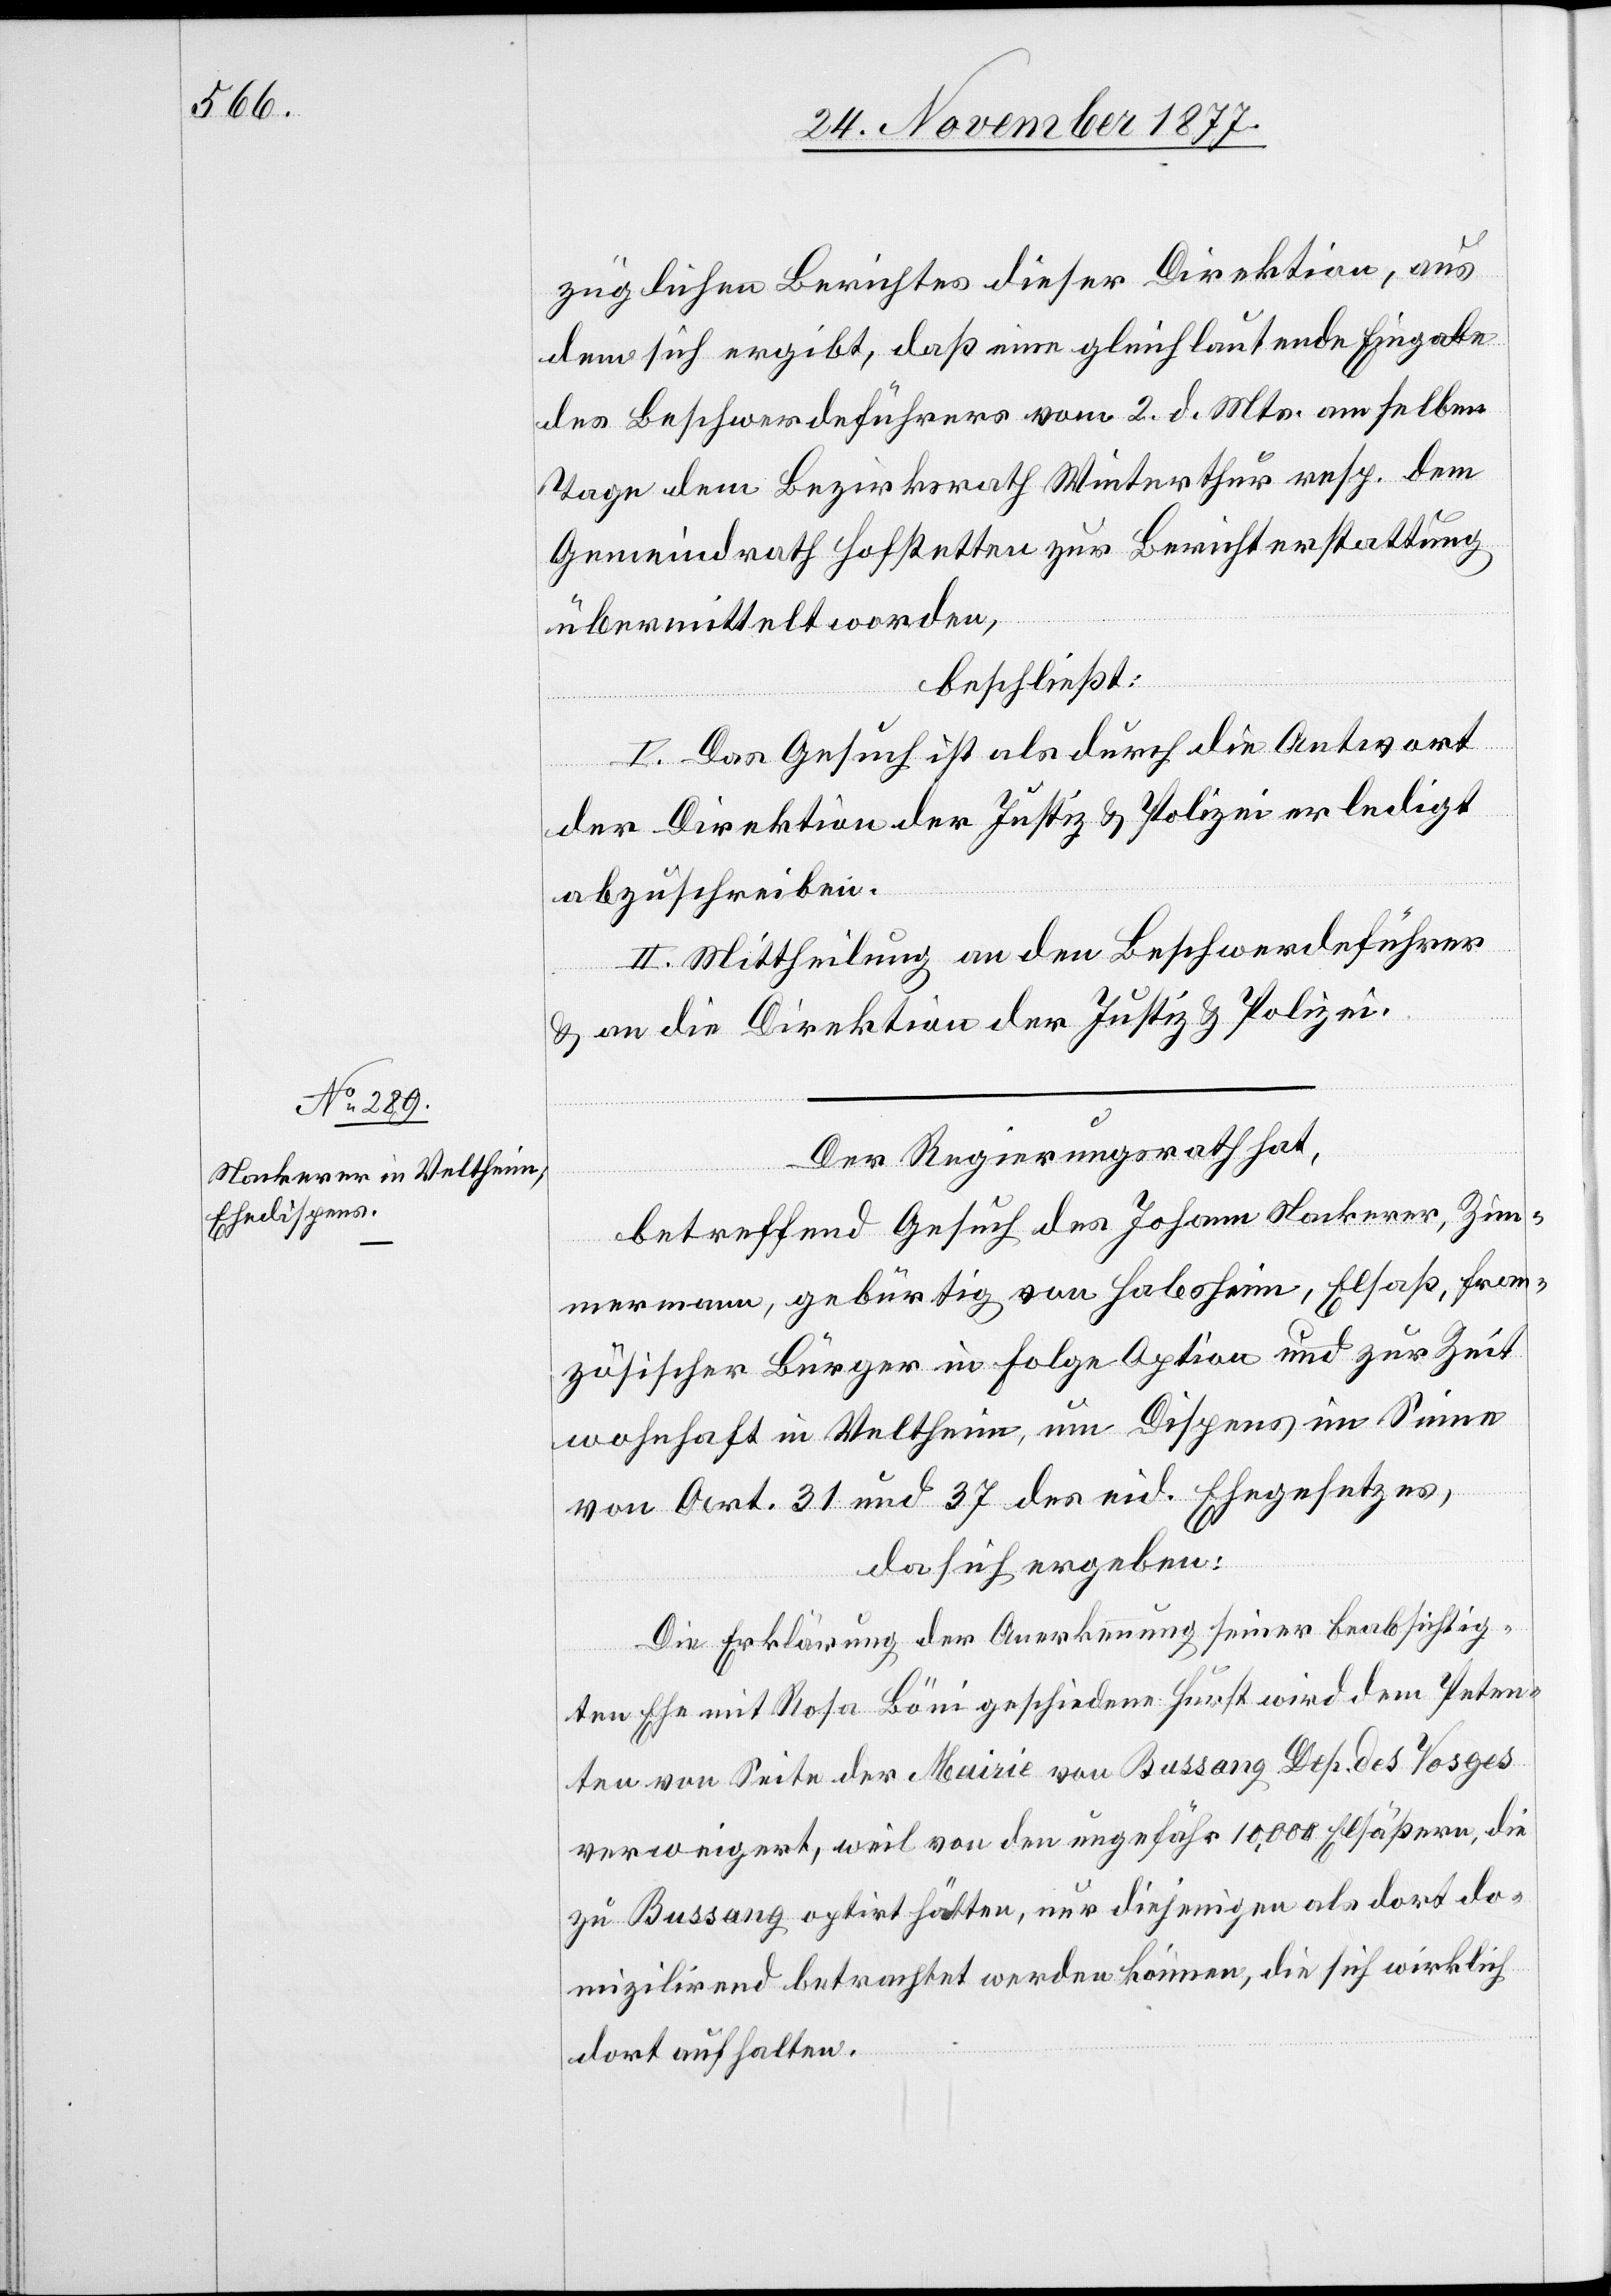
züglichen Berichtes dieser Direktion, aus
dem sich ergibt, daß eine gleichlautende Eingabe
des Beschwerdeführers vom 2. d. Mts. am selben
Tage dem Bezirksrath Winterthur resp. dem
Gemeindrath Hofstetten zur Berichterstattung
übermittelt worden,
beschließt:
I. Das Gesuch ist als durch die Antwort
der Direktion der Justiz & Polizei erledigt
abzuschreiben.
II. Mittheilung an den Beschwerdeführer
& an die Direktion der Justiz & Polizei.
Der Regierungsrath hat,
betreffend Gesuch des Johann Nackerer, Zim¬
mermann, gebürtig von Habsheim, Elsaß, fran¬
zösischer Bürger in Folge Option und zur Zeit
wohnhaft in Veltheim, um Dispens im Sinne
von Art. 31 und 37 des eid. Ehegesetzes,
da sich ergeben:
Die Erklärung der Anerkennung seiner beabsichtig¬
ten Ehe mit Rosa Böni geschiedene Hurst wird dem Peten¬
ten von Seite der Mairie von Bussang Dep. des Vosges
verweigert, weil von den ungefähr 10,000 Elsäßern, die
zu Bussang optirt hätten, nur diejenigen als dort do¬
mizilirend betrachtet werden können, die sich wirklich
dort aufhalten.